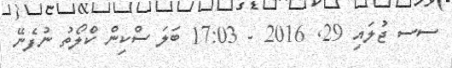
ސސ ޖުލައި 29